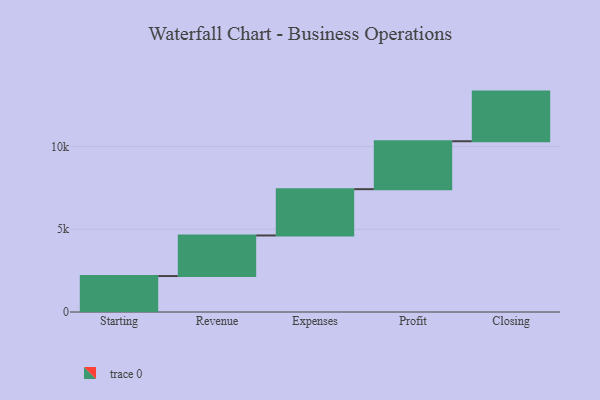
{"axis": {"x": "Step", "y": "Value"}, "legend": [""], "data": [{"x": "Starting", "y": 2172.0, "type": ""}, {"x": "Revenue", "y": 2453.0, "type": ""}, {"x": "Expenses", "y": 2798.0, "type": ""}, {"x": "Profit", "y": 2897.0, "type": ""}, {"x": "Closing", "y": 3000, "type": ""}]}